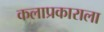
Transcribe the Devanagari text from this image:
कलाप्रकाराला